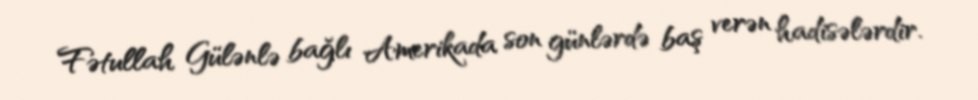
Fətullah Gülənlə bağlı Amerikada son günlərdə baş verən hadisələrdir.